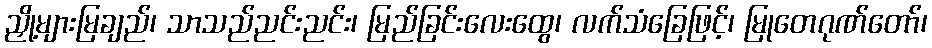
ညှို့များမြချည်၊ သာသည်ညင်းညင်း၊ မြည်ခြင်းလေးထွေ၊ လက်သံခြေဖြင့်၊ မြုတေဂုဏ်တော်၊